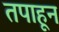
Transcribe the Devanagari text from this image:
तपाहून